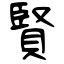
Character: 賢